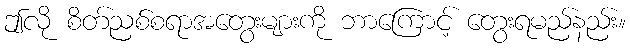
ဤလို စိတ်ညစ်စရာအတွေးများကို ဘာကြောင့် တွေးရမည်နည်း။